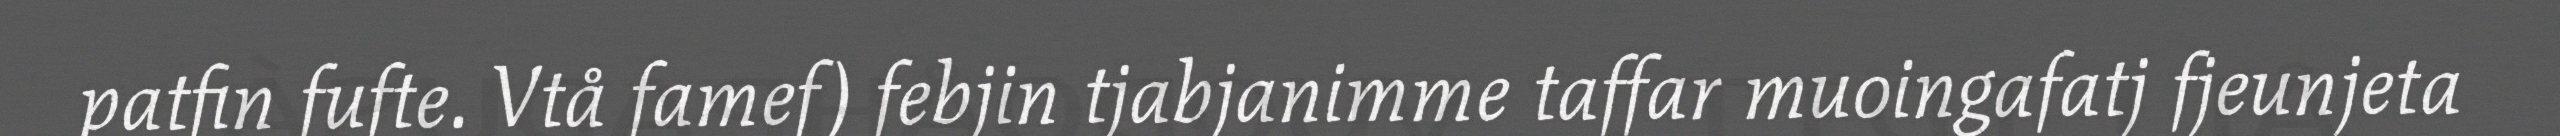
patfin fufte. Vtå famef) febjin tjabjanimme taffar muoingafatj fjeunjeta